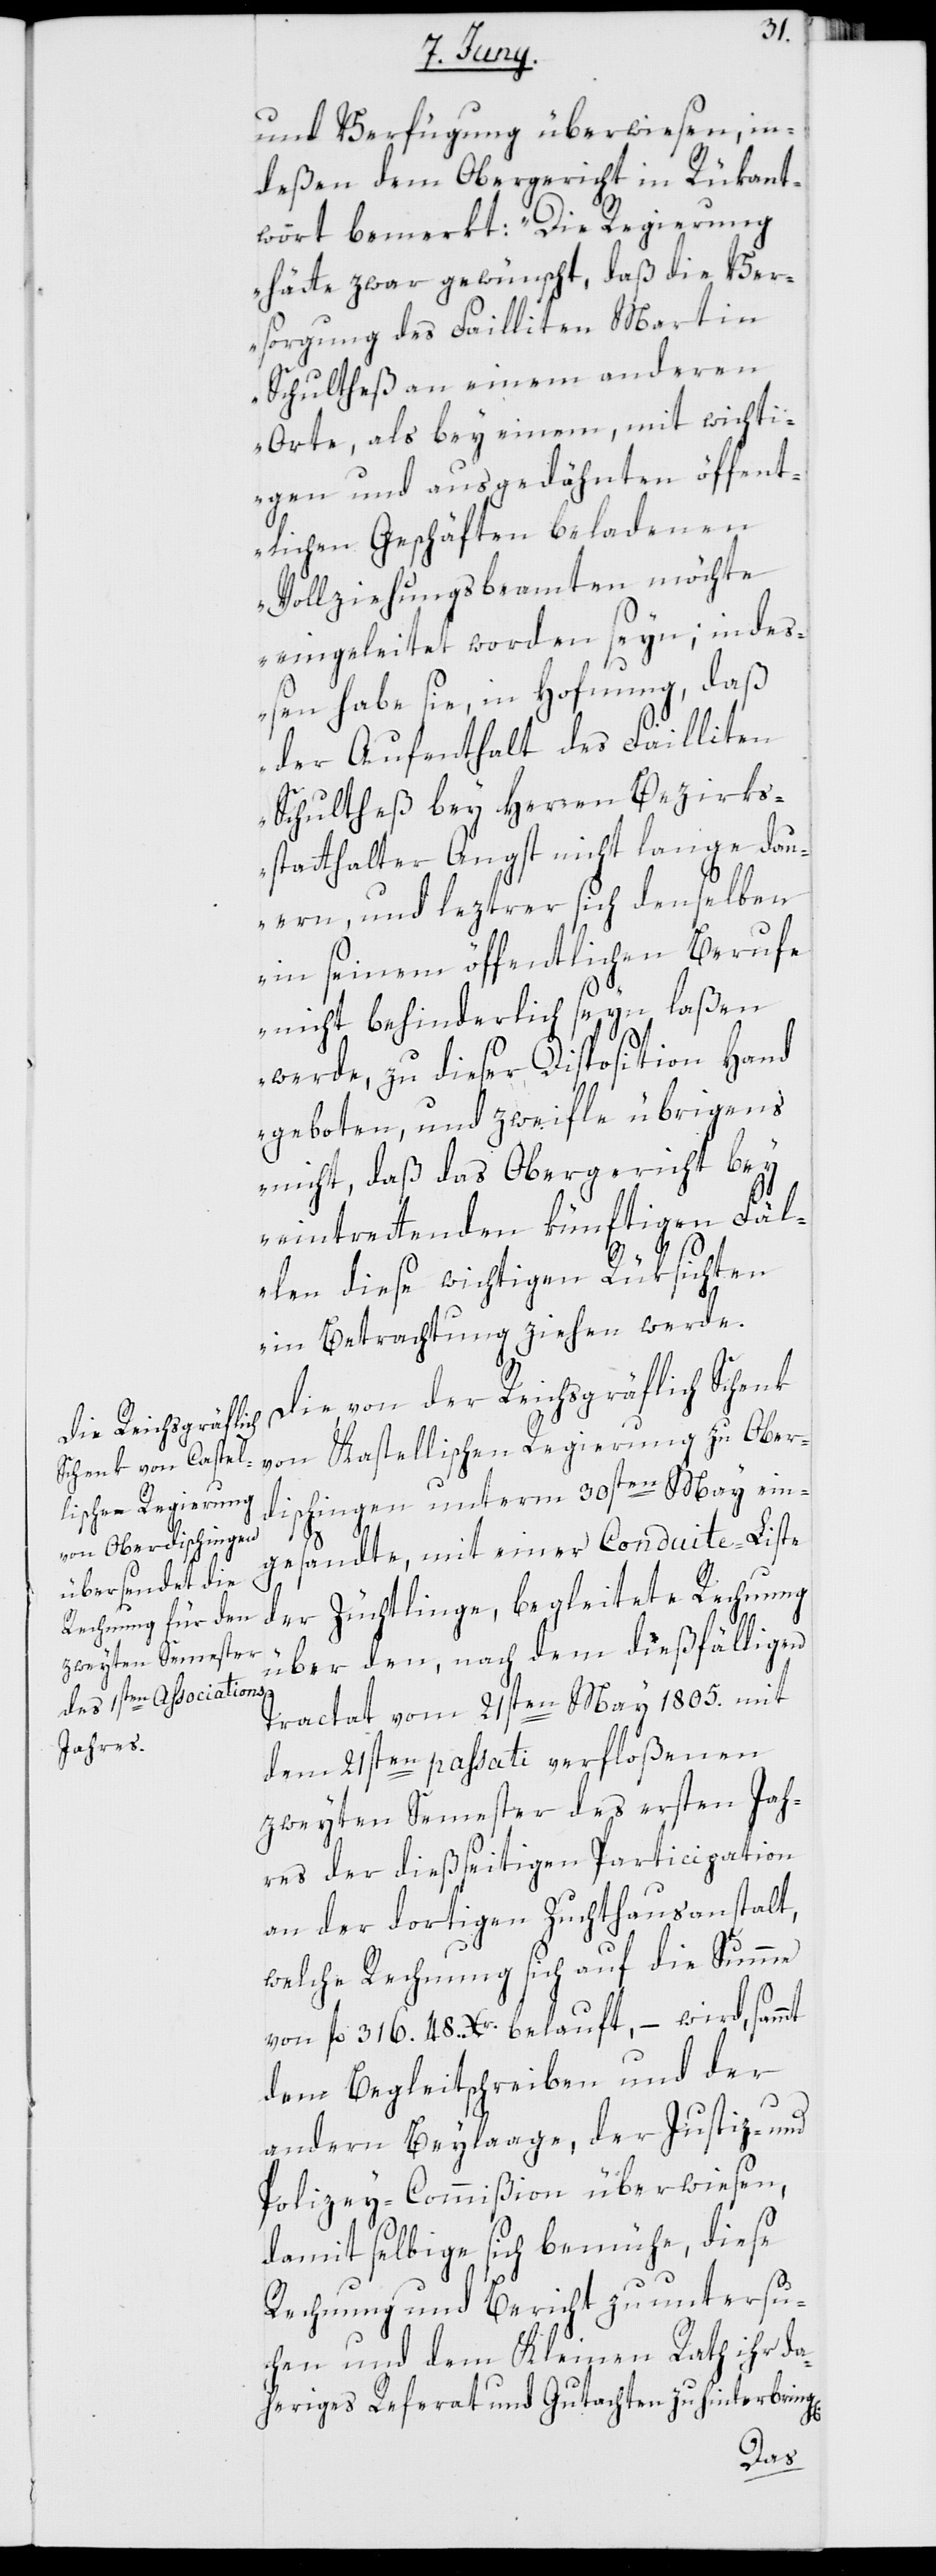
und Verfügung überwiesen, in¬
deßen dem Obergericht in Rükant¬
wort bemerkt: „Die Regierung
hätte zwar gewünscht, daß die Ver¬
sorgung des Failliten Martin
Schultheß an einem anderen
Orte, als bey einem, mit wichti¬
gen und ausgedähnten öffent¬
lichen Geschäften beladenen
Vollziehungsbeamten möchte
eingeleitet worden seyn; inde¬
ßen habe sie, in Hofnung, daß
der Aufenthalt des Failliten
Schultheß bey Herren Bezirks¬
statthalter Angst nicht lange dau¬
ern, und leztrer sich denselben
in seinem öffentlichen Berufe
nicht behinderlich seyn laßen
werde, zu dieser Disposition Hand
geboten, und zweifle übrigens
nicht, daß das Obergericht bey
eintrettenden künftigen Fäl¬
g[e¬
len diese wichtigen Rüksichten
in Betrachtung ziehen werde.“
Die von der Reichsgräflich Schenk
von Kastellischen Regierung zu Ober¬
dischingen unterm 30sten May ein¬
n].
gesandte, mit einer Conduite-Liste
der Züchtlinge begleitete Rechnung
über den, nach dem dießfälligen
Tractat vom 21sten May 1805. mit
dem 21sten passati verfloßenen
zweyten Semester des ersten Jah¬
res der dießeitigen Participation
an der dortigen Zuchthausanstalt,
welche Rechnung sich auf die Summe
von fl. 316. 48. Xr. belauft, – wird, sammt
dem Begleitschreiben und der
andern Beylaage, der Justiz- und
Polizey-Commißion überwiesen,
damit selbige sich bemühe, diese
Rechnung und Bericht zu untersu¬
chen und dem Kleinen Rath ihr da¬
heriges Referat und Gutachten zu hinterbrin¬